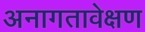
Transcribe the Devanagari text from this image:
अनागतावेक्षण